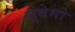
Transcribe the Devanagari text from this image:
डुवेगो